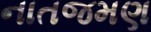
નાતજમણ